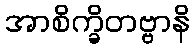
အာစိက္ခိတဗ္ဗာနိ